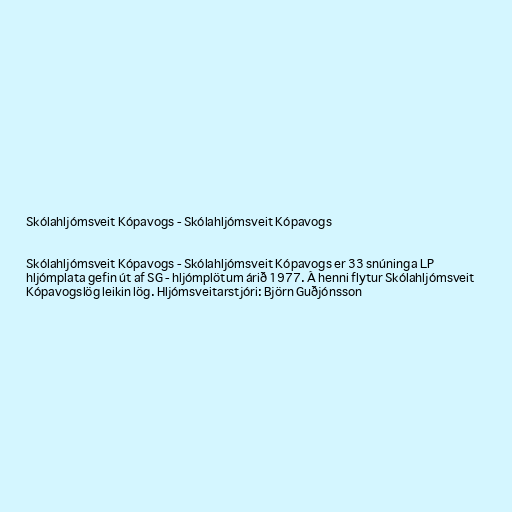
Skólahljómsveit Kópavogs - Skólahljómsveit Kópavogs

Skólahljómsveit Kópavogs - Skólahljómsveit Kópavogs er 33 snúninga LP
hljómplata gefin út af SG - hljómplötum árið 1977. Á henni flytur Skólahljómsveit
Kópavogslög leikin lög. Hljómsveitarstjóri: Björn Guðjónsson